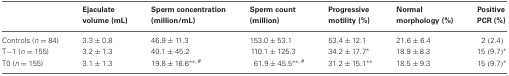
|  | Ejaculate volume (mL) | Sperm concentration (million/mL) | Sperm count (million) | Progressive motility (%) | Normal morphology (%) | Positive PCR (%) |
 | --- | --- | --- | --- | --- | --- | --- |
 | Controls (n = 84) | 3.3 ±0.8 | 46.9 ± 11.3 | 153.0 ± 53.1 | 53.4 ± 12.1 | 21.6 ± 6.4 | 2 (2.4) |
 | T−1 (n = 155) | 3.2 ± 1.3 | 40.1 ± 45.2 | 110.1 ± 125.3 | 34.2 ± 17.7* | 18.9 ± 8.3 | 15 (9.7)* |
 | T0 (n = 155) | 3.1 ± 1.3 | 19.8 ± 16.6**,# | 61.9 ± 45.5**,# | 31.2 ± 15.1** | 18.5 ± 9.3 | 15 (9.7)* |